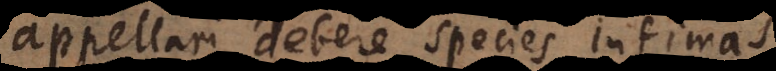
appellari debere species infimas,